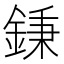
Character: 𨧺